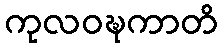
ကုလဝဍ္ဎကာတိ